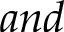
a n d